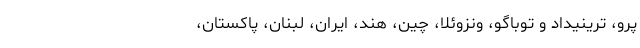
پرو، ترینیداد و توباگو، ونزوئلا، چین، هند، ایران، لبنان، پاکستان،